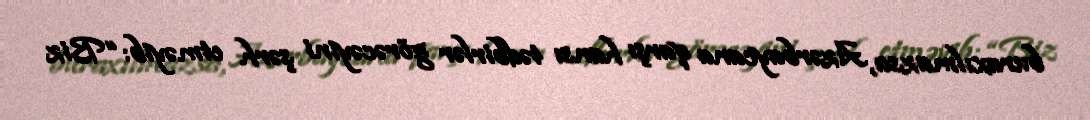
buraxılmazsa, Azərbaycana qarşı hansı tədbirlər görəcəyini şərh etməyib: “Biz